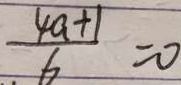
\frac { 4 a + 1 } { 6 } = 0